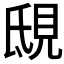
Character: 𧠟